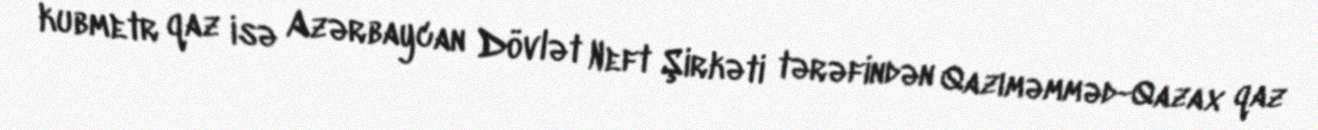
kubmetr qaz isə Azərbaycan Dövlət Neft Şirkəti tərəfindən Qazıməmməd-Qazax qaz